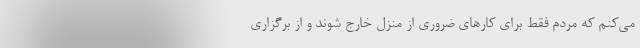
می‌کنم که مردم فقط برای کارهای ضروری از منزل خارج شوند و از برگزاری